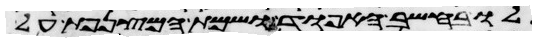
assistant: לו בחשב האפוד ושמת המצנפת על